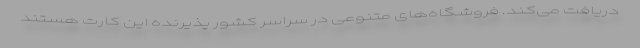
دریافت می‌کند. فروشگاه‌های متنوعی در سراسر کشور پذیرنده این کارت هستند